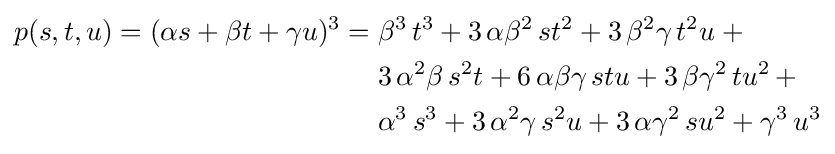
{\begin{aligned}p(s,t,u)=(\alpha s+\beta t+\gamma u)^{3}=\;&\beta ^{3}\,t^{3}+3\,\alpha \beta ^{2}\,st^{2}+3\,\beta ^{2}\gamma \,t^{2}u\;+\\&3\,\alpha ^{2}\beta \,s^{2}t+6\,\alpha \beta \gamma \,stu+3\,\beta \gamma ^{2}\,tu^{2}\,+\\&\alpha ^{3}\,s^{3}+3\,\alpha ^{2}\gamma \,s^{2}u+3\,\alpha \gamma ^{2}\,su^{2}+\gamma ^{3}\,u^{3}\end{aligned}}